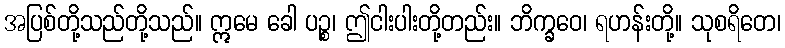
အပြစ်တို့သည်တို့သည်။ ဣမေ ခေါ ပဉ္စ၊ ဤငါးပါးတို့တည်း။ ဘိက္ခဝေ၊ ရဟန်းတို့။ သုစရိတေ၊